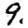
Digit: 9